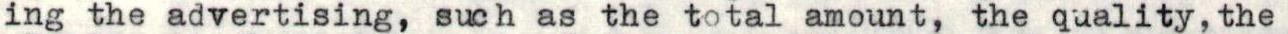
ing the advertising, such as the total amount, the quality, the